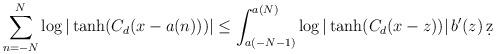
LaTeX: \begin{align*}\sum_{n=-N}^{N} \log | \tanh(C_{d}(x - a(n))) | \leq \int_{a(-N-1)}^{a(N)} \log | \tanh(C_{d}(x - z)) | \, b'(z)\, \d z \end{align*}